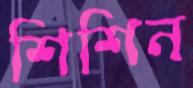
শিশিন